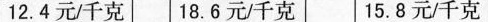
12.4元/千克 18.6元/千克 15.8元/千克